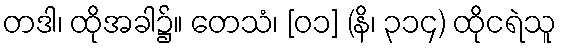
တဒါ၊ ထိုအခါ၌။ တေသံ၊ [၀၁] (နိ၊ ၃၁၄) ထိုငရဲသူ